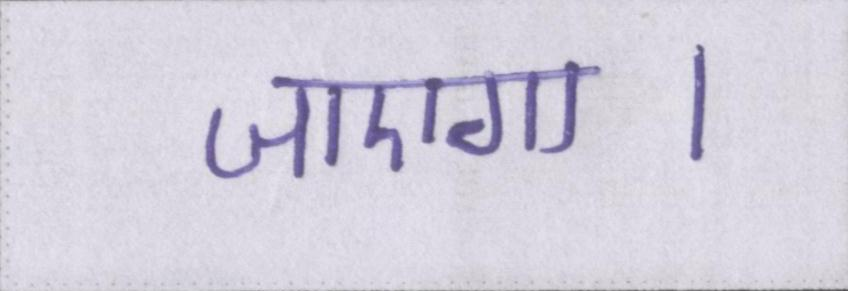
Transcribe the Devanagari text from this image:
जाएगा।